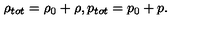
\rho _ { t o t } = \rho _ { 0 } + \rho , p _ { t o t } = p _ { 0 } + p .